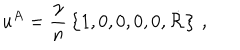
LaTeX: u ^ { A } = { \frac { \gamma } { n } } \left\{ 1 , 0 , 0 , 0 , 0 , \dot { \cal R } \right\} \, ,